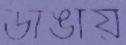
ডাঙায়